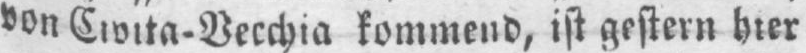
von Civita⸗Vecchia kommend, ist gestern hier